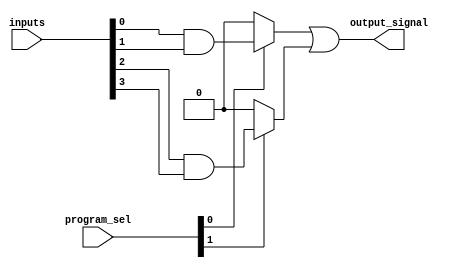
module SPAL (
    input wire [3:0] inputs,        // 4 primary inputs (A, B, C, D)
    input wire [3:0] program_sel,   // Select signals for AND gates programming
    output wire output_signal        // Output signal
);

// Programmable AND Array
wire and_out_1;
wire and_out_2;

// Each AND gate can take two inputs based on programming
assign and_out_1 = (program_sel[0]) ? (inputs[0] & inputs[1]) : 1'b0; // AND gate 1
assign and_out_2 = (program_sel[1]) ? (inputs[2] & inputs[3]) : 1'b0; // AND gate 2

// Fixed OR Array
assign output_signal = and_out_1 | and_out_2; // One OR gate outputs the result

endmodule